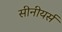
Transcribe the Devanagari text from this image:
सीनीयर्स